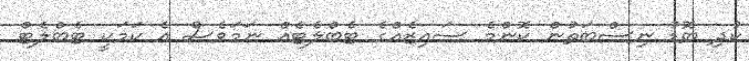
ކުދި ބޮޑު ނިސްބަތުން ކޮންމެ ސައިޒެއްގެ ޓެބްލެޓެއް ނަމަވެސް އެ ކަމަކީ ޓެބްލެޓް